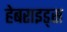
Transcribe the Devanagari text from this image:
हेबराइड्स